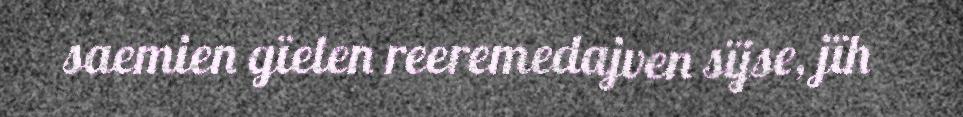
saemien gïelen reeremedajven sïjse, jïh